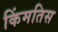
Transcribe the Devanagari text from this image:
किंमतिस